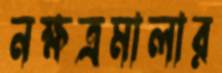
নক্ষত্রমালার